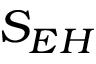
S _ { E H }